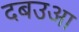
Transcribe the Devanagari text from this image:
दबउआ